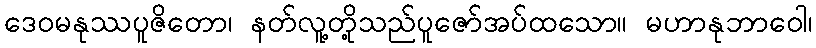
ဒေဝမနုဿပူဇိတော၊ နတ်လူ့တို့သည်ပူဇော်အပ်ထသော။ မဟာနုဘာဝေါ၊